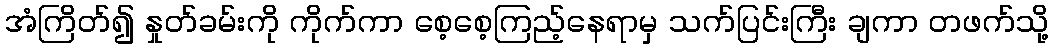
အံကြိတ်၍ နှုတ်ခမ်းကို ကိုက်ကာ စေ့စေ့ကြည့်နေရာမှ သက်ပြင်းကြီး ချကာ တဖက်သို့